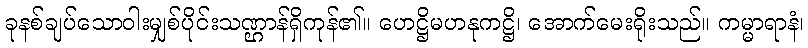
ခုနစ်ချပ်သောဝါးမျှစ်ပိုင်းသဏ္ဌာန်ရှိကုန်၏။ ဟေဋ္ဌိမဟနုကဋ္ဌိ၊ အောက်မေးရိုးသည်။ ကမ္မာရာနံ၊